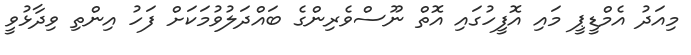
މިއަދު އެމްޑީޕީ މައި އޮފީހުގައި އޮތް ނޫސްވެރިންގެ ބައްދަލުވުމަކަށް ފަހު އިންތި ވިދާޅުވީ